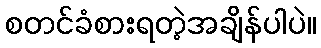
စတင်ခံစားရတဲ့အချိန်ပါပဲ။